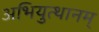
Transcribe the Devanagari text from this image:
अभियुत्थानम्